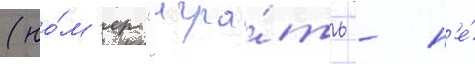
(но́м'ер "игра́ть - н'е́